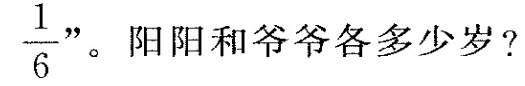
\frac{1}{6}"。阳阳和爷爷各多少岁?